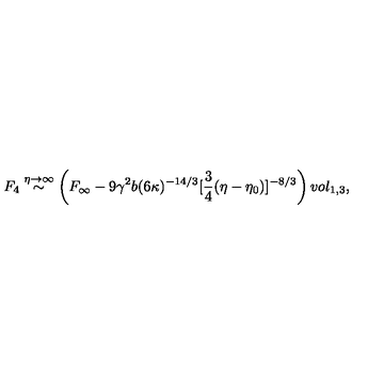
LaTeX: F _ { 4 } \stackrel { \eta \rightarrow \infty } { \sim } \left( F _ { \infty } - 9 \gamma ^ { 2 } b ( 6 \kappa ) ^ { - 1 4 / 3 } [ \frac { 3 } { 4 } ( \eta - \eta _ { 0 } ) ] ^ { - 8 / 3 } \right) v o l _ { 1 , 3 } ,